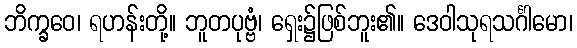
ဘိက္ခဝေ၊ ရဟန်းတို့။ ဘူတပုဗ္ဗံ၊ ရှေး၌ဖြစ်ဘူး၏။ ဒေဝါသုရသင်္ဂါမော၊